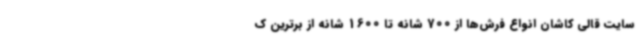
سایت قالی کاشان انواع فرش‌ها از 700 شانه تا 1600 شانه از برترین ک